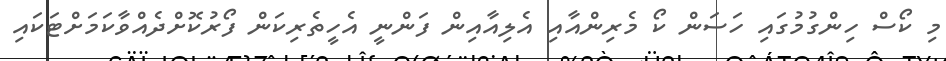
މި ކޯސް ހިންގުމުގައި ހަސަން ކޯ މެރިންއާއި އެލިއާއިން ފަންނީ އެހީތެރިކަން ފޯރުކޮށްދެއްވާކަމަށްޓަކައި